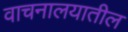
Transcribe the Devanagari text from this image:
वाचनालयातील